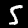
Label: 5